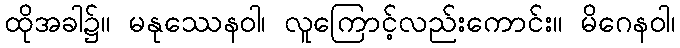
ထိုအခါ၌။ မနုဿေနဝါ၊ လူကြောင့်လည်းကောင်း။ မိဂေနဝါ၊